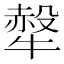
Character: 𤛖